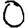
Digit: 0